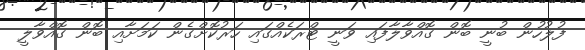
ފުލުހުން ބުނީ ބޮން ގޮއްވާލާފައި ވަނީ ޓްރަކެއްގައި ހަރުކޮށްގެން ކަމަށާއި ބޮން ގޮއްވާލީ